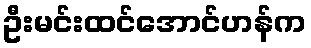
ဦးမင်းထင်အောင်ဟန်က